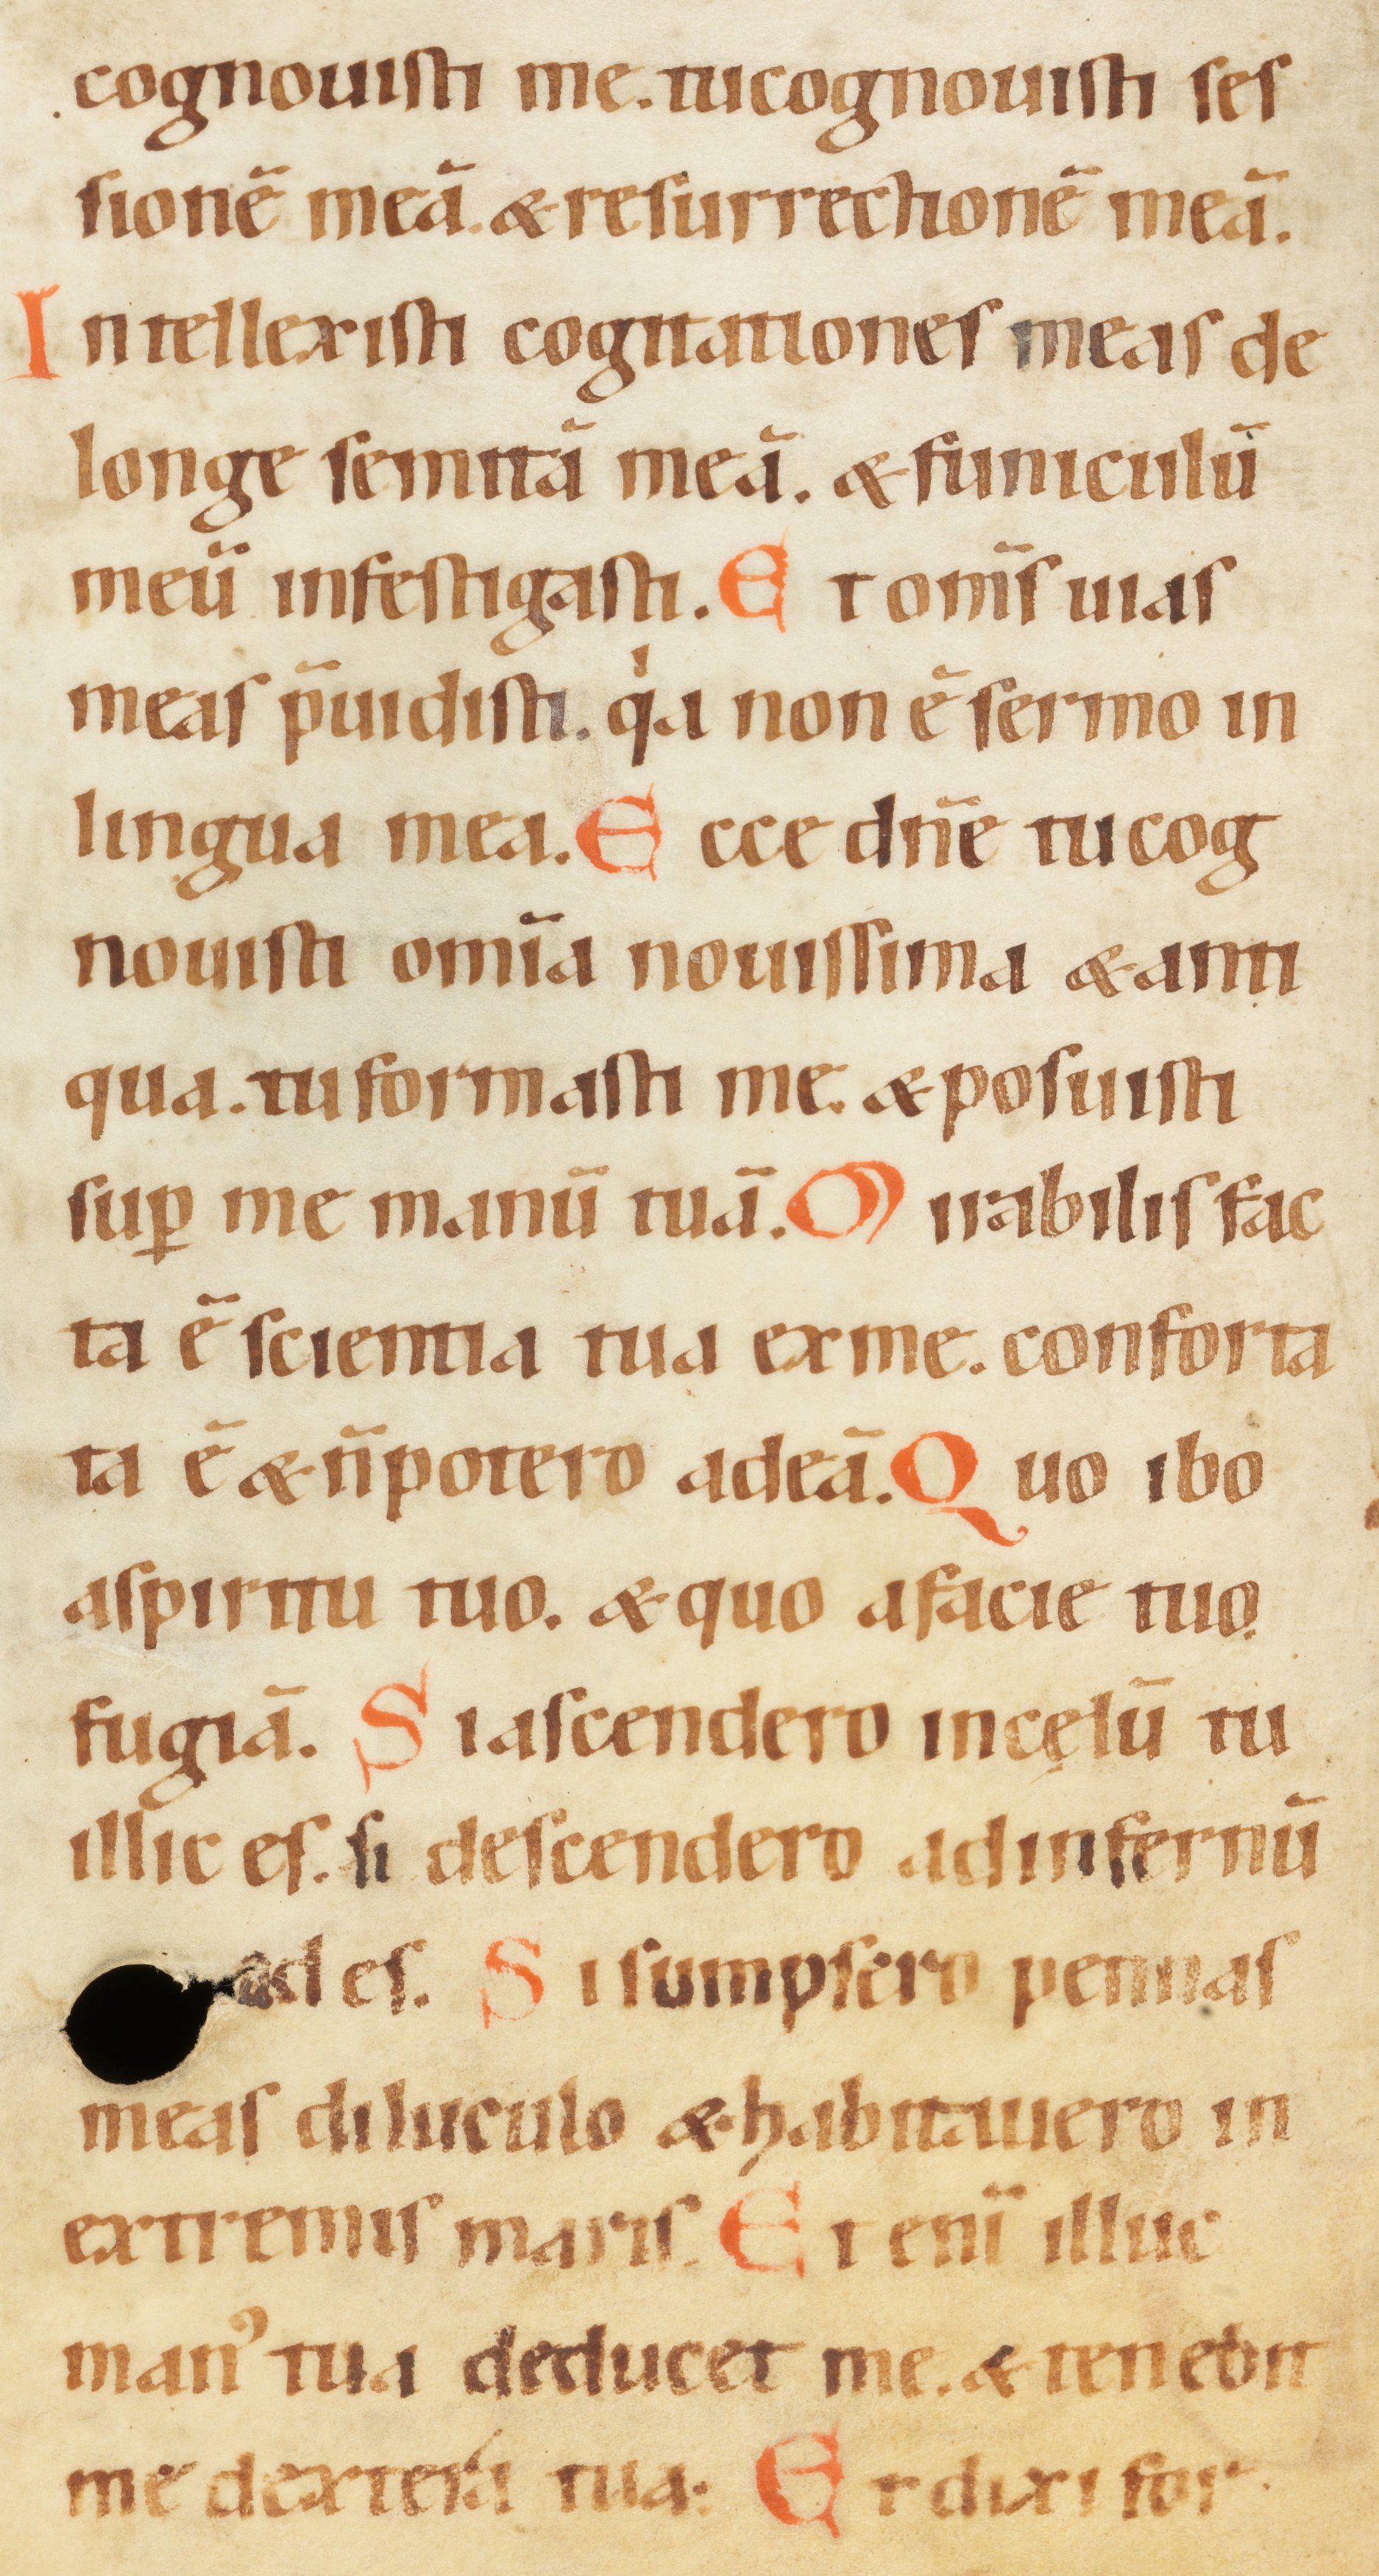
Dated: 1100–1199